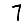
Digit: 7